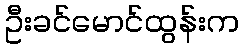
ဦးခင်မောင်ထွန်းက